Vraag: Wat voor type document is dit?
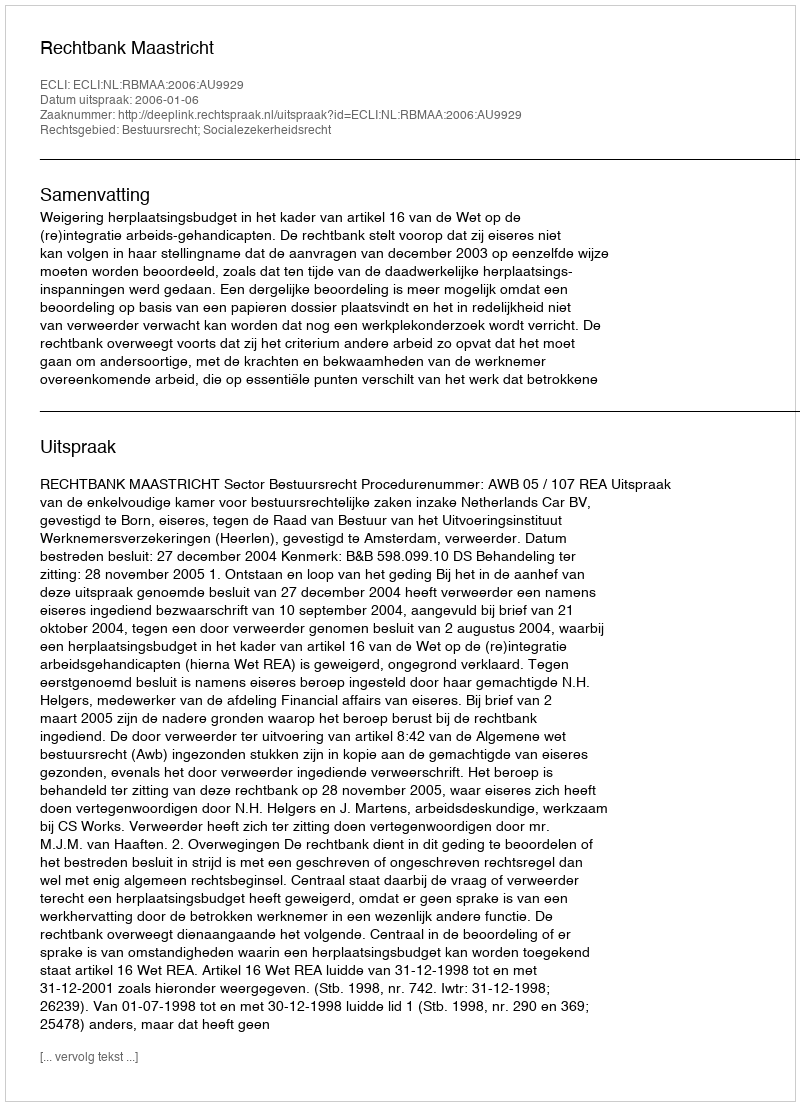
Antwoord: Uitspraak